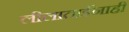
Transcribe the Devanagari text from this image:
लीलाताईंनाही